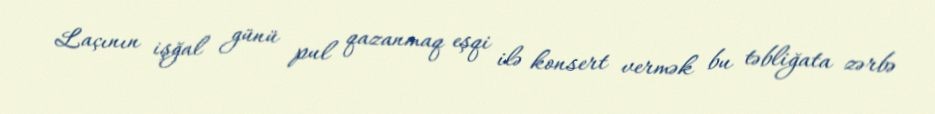
Laçının işğal günü pul qazanmaq eşqi ilə konsert vermək bu təbliğata zərbə